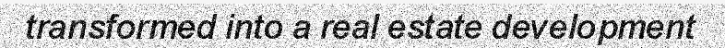
transformed into a real estate development